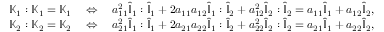
\begin{array} { r } { \mathbb { K } _ { 1 } : \mathbb { K } _ { 1 } = \mathbb { K } _ { 1 } \quad \Leftrightarrow \quad a _ { 1 1 } ^ { 2 } \hat { \mathbb { I } } _ { 1 } : \hat { \mathbb { I } } _ { 1 } + 2 a _ { 1 1 } a _ { 1 2 } \hat { \mathbb { I } } _ { 1 } : \hat { \mathbb { I } } _ { 2 } + a _ { 1 2 } ^ { 2 } \hat { \mathbb { I } } _ { 2 } : \hat { \mathbb { I } } _ { 2 } = a _ { 1 1 } \hat { \mathbb { I } } _ { 1 } + a _ { 1 2 } \hat { \mathbb { I } } _ { 2 } , } \\ { \mathbb { K } _ { 2 } : \mathbb { K } _ { 2 } = \mathbb { K } _ { 2 } \quad \Leftrightarrow \quad a _ { 2 1 } ^ { 2 } \hat { \mathbb { I } } _ { 1 } : \hat { \mathbb { I } } _ { 1 } + 2 a _ { 2 1 } a _ { 2 2 } \hat { \mathbb { I } } _ { 1 } : \hat { \mathbb { I } } _ { 2 } + a _ { 2 2 } ^ { 2 } \hat { \mathbb { I } } _ { 2 } : \hat { \mathbb { I } } _ { 2 } = a _ { 2 1 } \hat { \mathbb { I } } _ { 1 } + a _ { 2 2 } \hat { \mathbb { I } } _ { 2 } , } \end{array}